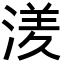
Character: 湵